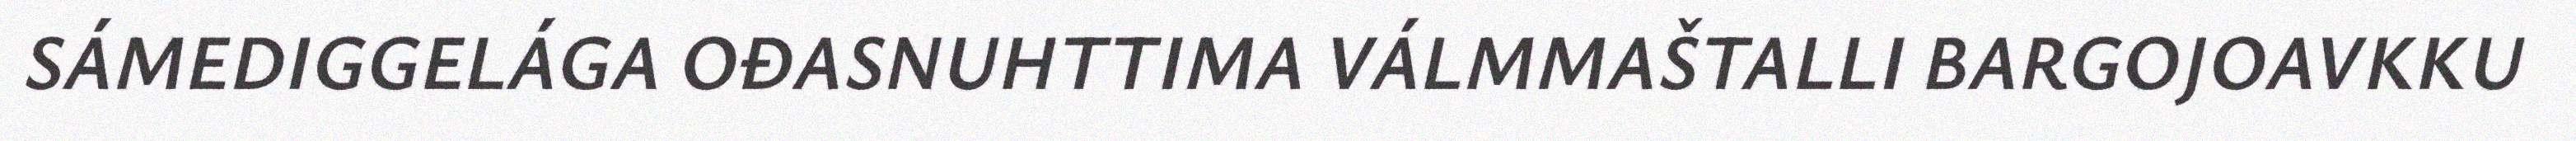
SÁMEDIGGELÁGA OĐASNUHTTIMA VÁLMMAŠTALLI BARGOJOAVKKU